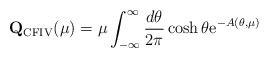
LaTeX: \begin{align*}{\mathbf Q}_{\rm CFIV}(\mu)= \mu \int_{-\infty}^{\infty} \frac{d\theta}{2\pi} \cosh \theta {\rm e}^{-A(\theta,\mu)}\end{align*}